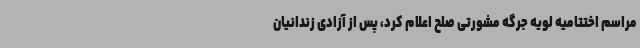
مراسم اختتامیه لویه جرگه مشورتی صلح اعلام کرد، پس از آزادی زندانیان